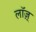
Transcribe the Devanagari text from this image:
लॉज़्